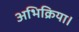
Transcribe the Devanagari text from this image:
अभिक्रिया।